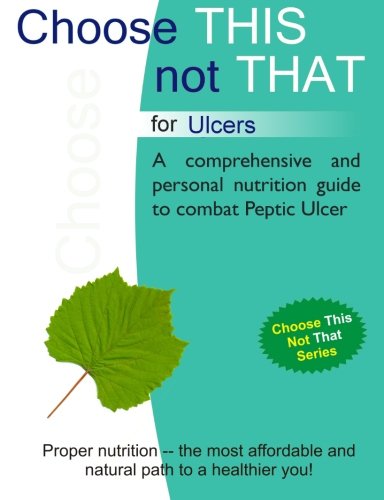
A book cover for Choose This not That for Ulcers; Personal Remedies; Health, Fitness & Dieting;